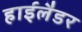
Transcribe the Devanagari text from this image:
हाईलैडर